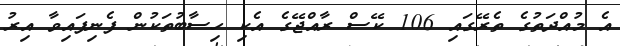
އެ މުއްދަތުގެ ތެރޭގައި 106 ކޭސް ރާއްޖޭގެ އެކި ހިސާބުތަކުން ފެނިފައިވާ އިރު